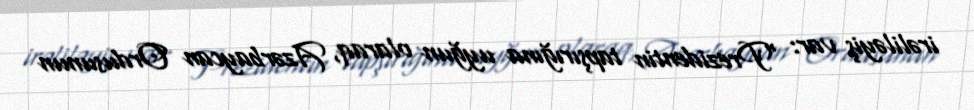
irəliləyiş var: "Prezidentin tapşırığına uyğun olaraq, Azərbaycan Ordusunun